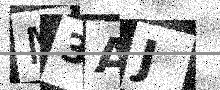
Text: M3AJ